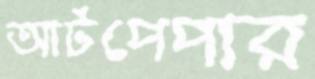
আর্টপেপার